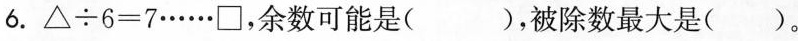
6.△÷6=7······□，余数可能是( )，被除数最大是( )。